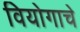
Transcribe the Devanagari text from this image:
वियोगाचे